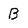
Character: B